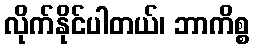
လိုက်နိုင်ပါတယ်၊ ဘာကိစ္စ